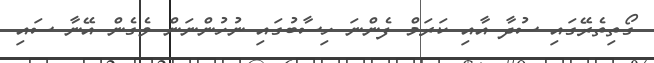
ގޯތިތެރޭގައި ސުދާ އާއި ކަރަމް ފެންނަ ހިސާބުގައި ނުހުންނަން ވެގެން އޭނާ ސައި